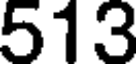
513